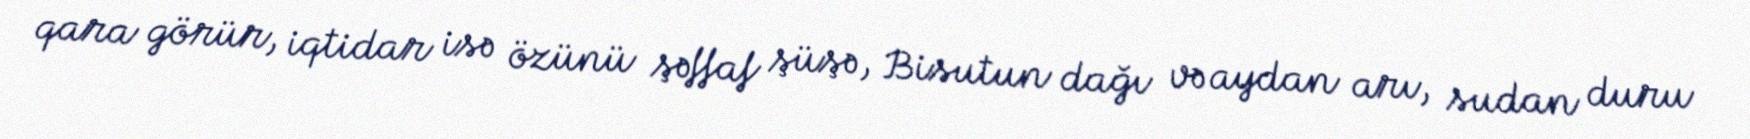
qara görür, iqtidar isə özünü şəffaf şüşə, Bisutun dağı və aydan arı, sudan duru